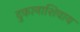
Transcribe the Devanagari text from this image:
दुकानाशिवाय